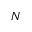
N